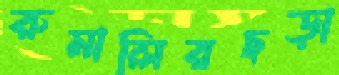
রুমালিরছড়া